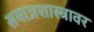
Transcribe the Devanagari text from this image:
समाजशास्त्रावर